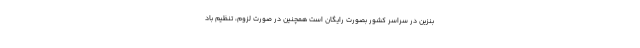
بنزین در سراسر کشور بصورت رایگان است همچنین در صورت لزوم، تنظیم باد